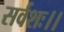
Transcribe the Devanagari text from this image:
सर्वशः।।